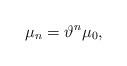
LaTeX: \begin{gather*}\mu_{n}=\vartheta^{n}\mu_{0}, \end{gather*}